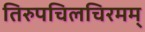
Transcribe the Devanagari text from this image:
तिरुपचिलचिरमम्